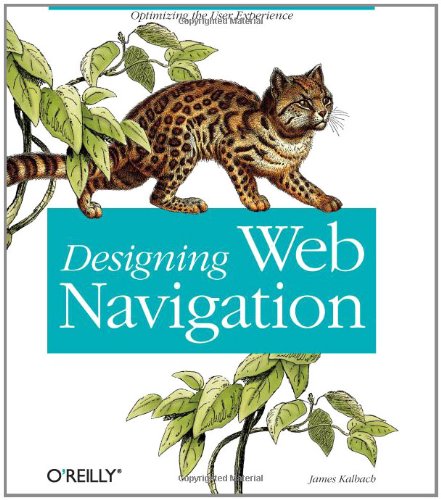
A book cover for Designing Web Navigation; James Kalbach; Computers & Technology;